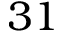
3 1